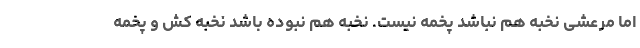
اما مرعشی نخبه هم نباشد پخمه نیست. نخبه هم نبوده باشد نخبه کُش و پخمه